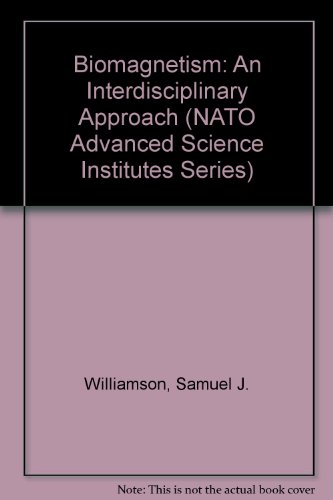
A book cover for Biomagnetism. An Interdisciplinary Approach. (Nato a S I Series Series a, Life Sciences); Samuel J. Williamson; Science & Math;